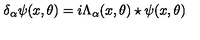
\delta _ { \alpha } \psi ( x , \theta ) = i \Lambda _ { \alpha } ( x , \theta ) \star \psi ( x , \theta )